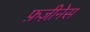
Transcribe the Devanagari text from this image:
फ़ज़ीनेस